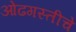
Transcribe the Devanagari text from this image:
ओढगस्तीचे